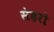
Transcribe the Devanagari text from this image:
सेहरो